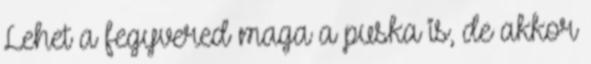
Lehet a fegyvered maga a puska is, de akkor